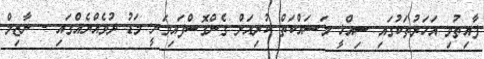
ފާއިތުވި އަހަރުތަކުގައި ސިއްޚީ މަސައްކަތް ކުރިއަށް ގެންގޮސްފައިވަނީ މަޑު ދުވެއްޔެއްގައި - ނާޒިމް